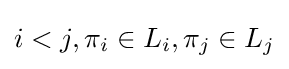
i<j,\pi _{i}\in L_{i},\pi _{j}\in L_{j}